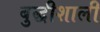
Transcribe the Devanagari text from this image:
बुद्धीशाली